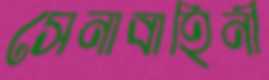
সেনাবাহিনী